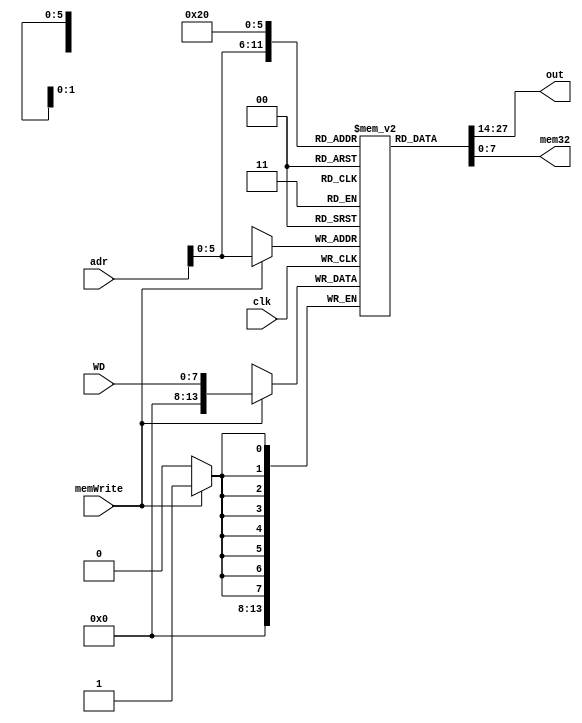
module idm(clk,memWrite,adr,WD,out,mem32);
	input clk;
	input memWrite;
	input [7:0] adr;
	input [7:0] WD;
	output reg [13:0] out;
	output reg [7:0] mem32;
	
	reg [13:0] mem [63:0];
	
	
	initial begin
		
		mem[0]=14'b110_1_0_001_000_011;	//LDR 5 cycle
		mem[1]=14'b000_1_0_010_001_000;  //ADDI 5 cycle
		mem[2]=14'b101_01_0_00000010;		//BNZ 3 cycle
		mem[3]=14'b00000001100011;			//data
		mem[4]=14'b00000001100011;			//data
		mem[5]=14'b00000001100011;			//data
		mem[6]=14'b010_00_001_000_1_00;	//RTR 4 cycle
		mem[7]=14'b001_11_010_000_000;	//CLR 4 cycle
		
		/*
		mem[0]=14'b110_1_1_001_010000;	//LDR_imm 4 cycle
		mem[1]=14'b010_00_001_000_0_10;  //SHL 4 cycle
		mem[2]=14'b100_01_0_00010000;		//BL 3 cycle
		mem[3]=14'b111_00000000000;			
		mem[4]=14'b111_00000000000;			
		mem[5]=14'b111_00000000000;			
		mem[6]=14'b111_00000000000;
		mem[7]=14'b111_00000000000;
		*/
		/*
		mem[0]=14'b110_1_1_001_001011;	//LDRIM 4 cycle	reg1 11
		mem[1]=14'b110_1_1_010_001000;   //LDRIM 4 cycle	reg2 8
		mem[2]=14'b100_1_0_000000_001;	//BI 3 cycle
		mem[3]=14'b111_00000000000;			
		mem[4]=14'b111_00000000000;			
		mem[5]=14'b111_00000000000;			
		mem[6]=14'b111_00000000000;
		mem[7]=14'b111_00000000000;
		*/
		
		mem[8]=14'b111_00000000000;
		mem[9]=14'b111_00000000000;
		mem[10]=14'b111_00000000000;
		mem[11]=14'b111_00000000000;
		mem[12]=14'b111_00000000000;
		mem[13]=14'b111_00000000000;
		mem[14]=14'b111_00000000000;
		mem[15]=14'b000_0_0_001_001_010;		//sub r1-r2->r1  reg1 3
		mem[16]=14'b010_00_001_000_110;			//ASR r1		  reg1 1
		mem[17]=14'b001_10_010_001_010;		//xor r1 ^ r2 -> r2  reg2 9
		mem[18]=14'b001_01_001_001_010;		//or r1 | r2 -> r1  reg1 9
		mem[19]=14'b111_00000000000;
		mem[20]=14'b110_0_0_001_001_000;		//STR4 cycle 
		mem[21]=14'b111_00000000000;
		mem[22]=14'b111_00000000000;
		mem[23]=14'b111_00000000000;
		mem[24]=14'b111_00000000000;
		mem[25]=14'b111_00000000000;
		mem[26]=14'b111_00000000000;
		mem[27]=14'b111_00000000000;
		mem[28]=14'b111_00000000000;
		mem[29]=14'b111_00000000000;
		mem[30]=14'b111_00000000000;
		mem[31]=14'b111_00000000000;
		mem[32]=14'b00000000101110;			//data
		mem[33]=14'b111_00000000000;
		mem[34]=14'b111_00000000000;
		mem[35]=14'b111_00000000000;
		mem[36]=14'b111_00000000000;
		mem[37]=14'b111_00000000000;
		mem[38]=14'b111_00000000000;
		mem[39]=14'b111_00000000000;
		mem[40]=14'b111_00000000000;
		mem[41]=14'b111_00000000000;
		mem[42]=14'b111_00000000000;
		mem[43]=14'b111_00000000000;
		mem[44]=14'b111_00000000000;
		mem[45]=14'b111_00000000000;
		mem[46]=14'b111_00000000000;
		mem[47]=14'b111_00000000000;
		mem[48]=14'b111_00000000000;
		mem[49]=14'b111_00000000000;
		mem[50]=14'b111_00000000000;
		mem[51]=14'b111_00000000000;
		mem[52]=14'b111_00000000000;
		mem[53]=14'b111_00000000000;
		mem[54]=14'b111_00000000000;
		mem[55]=14'b111_00000000000;
		mem[56]=14'b111_00000000000;
		mem[57]=14'b111_00000000000;
		mem[58]=14'b111_00000000000;
		mem[59]=14'b111_00000000000;
		mem[60]=14'b111_00000000000;
		mem[61]=14'b111_00000000000;
		mem[62]=14'b111_00000000000;
		mem[63]=14'b111_00000000000;
	
	end
	
	always @(*)begin
		out=mem[adr];
		mem32=mem[32][7:0];
	end
	
	always @(posedge clk)begin
		if(memWrite)
			mem[adr][7:0]<=WD;
	end
	
endmodule